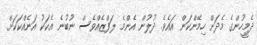
ދެމީހުންގެ މެދަށް ހިމޭންކަން އައެވެ. ދުލުން އެންމެ ލަފްޒެއްވެސް ނުބުނެ އެކަކު އަނެއްކަކަށް